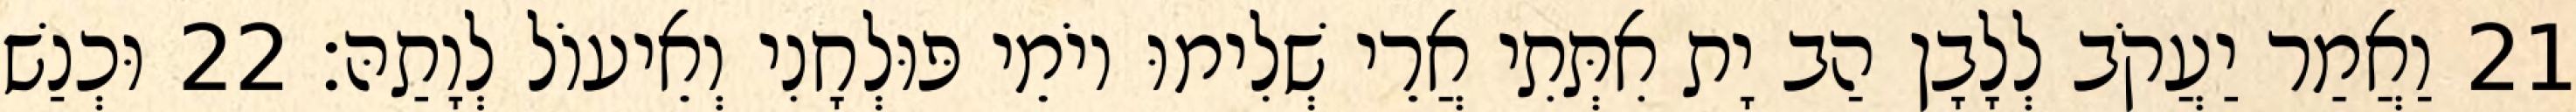
21 וַאֲמַר יַעֲקֹב לְלָבָן הַב יָת אִתְּתִי אֲרֵי שְׁלִימוּ יוֹמֵי פּוּלְחָנִי וְאֵיעוֹל לְוָתַהּ׃ 22 וּכְנַשׁ